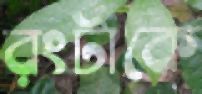
রংটাকে